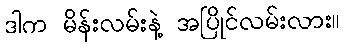
ဒါက မိန်းလမ်းနဲ့ အပြိုင်လမ်းလား။